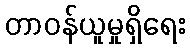
တာဝန်ယူမှုရှိရေး